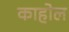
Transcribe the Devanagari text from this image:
काहोल